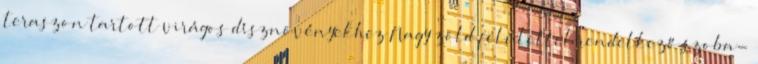
teraszon tartott virágos dísznövényekhez Nagy zöld felülettel rendelkező szoba-